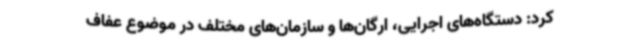
کرد: دستگاه‌های اجرایی، ارگان‌ها و سازمان‌های مختلف در موضوع عفاف